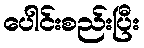
ပေါင်းစည်းပြီး